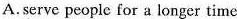
A.serve people for a longer time